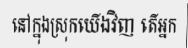
នៅក្នុងស្រុកយើងវិញ តើអ្នក